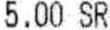
5.00 SR